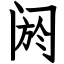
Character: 阏